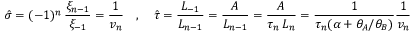
\hat { \sigma } = ( - 1 ) ^ { n } \, \frac { \xi _ { n - 1 } } { \xi _ { - 1 } } = \frac { 1 } { v _ { n } } \quad , \quad \hat { \tau } = \frac { L _ { - 1 } } { L _ { n - 1 } } = \frac { A } { L _ { n - 1 } } = \frac { A } { \tau _ { n } \, L _ { n } } = \frac { 1 } { \tau _ { n } ( \alpha + \theta _ { A } / \theta _ { B } ) } \frac { 1 } { v _ { n } }